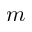
m